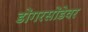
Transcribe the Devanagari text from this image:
डोंगरसोंडेवर